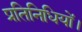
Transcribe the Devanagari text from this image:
प्रतिनिधियों।